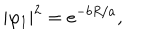
LaTeX: | \varphi _ { 1 } | ^ { 2 } = e ^ { - b R / a } ,